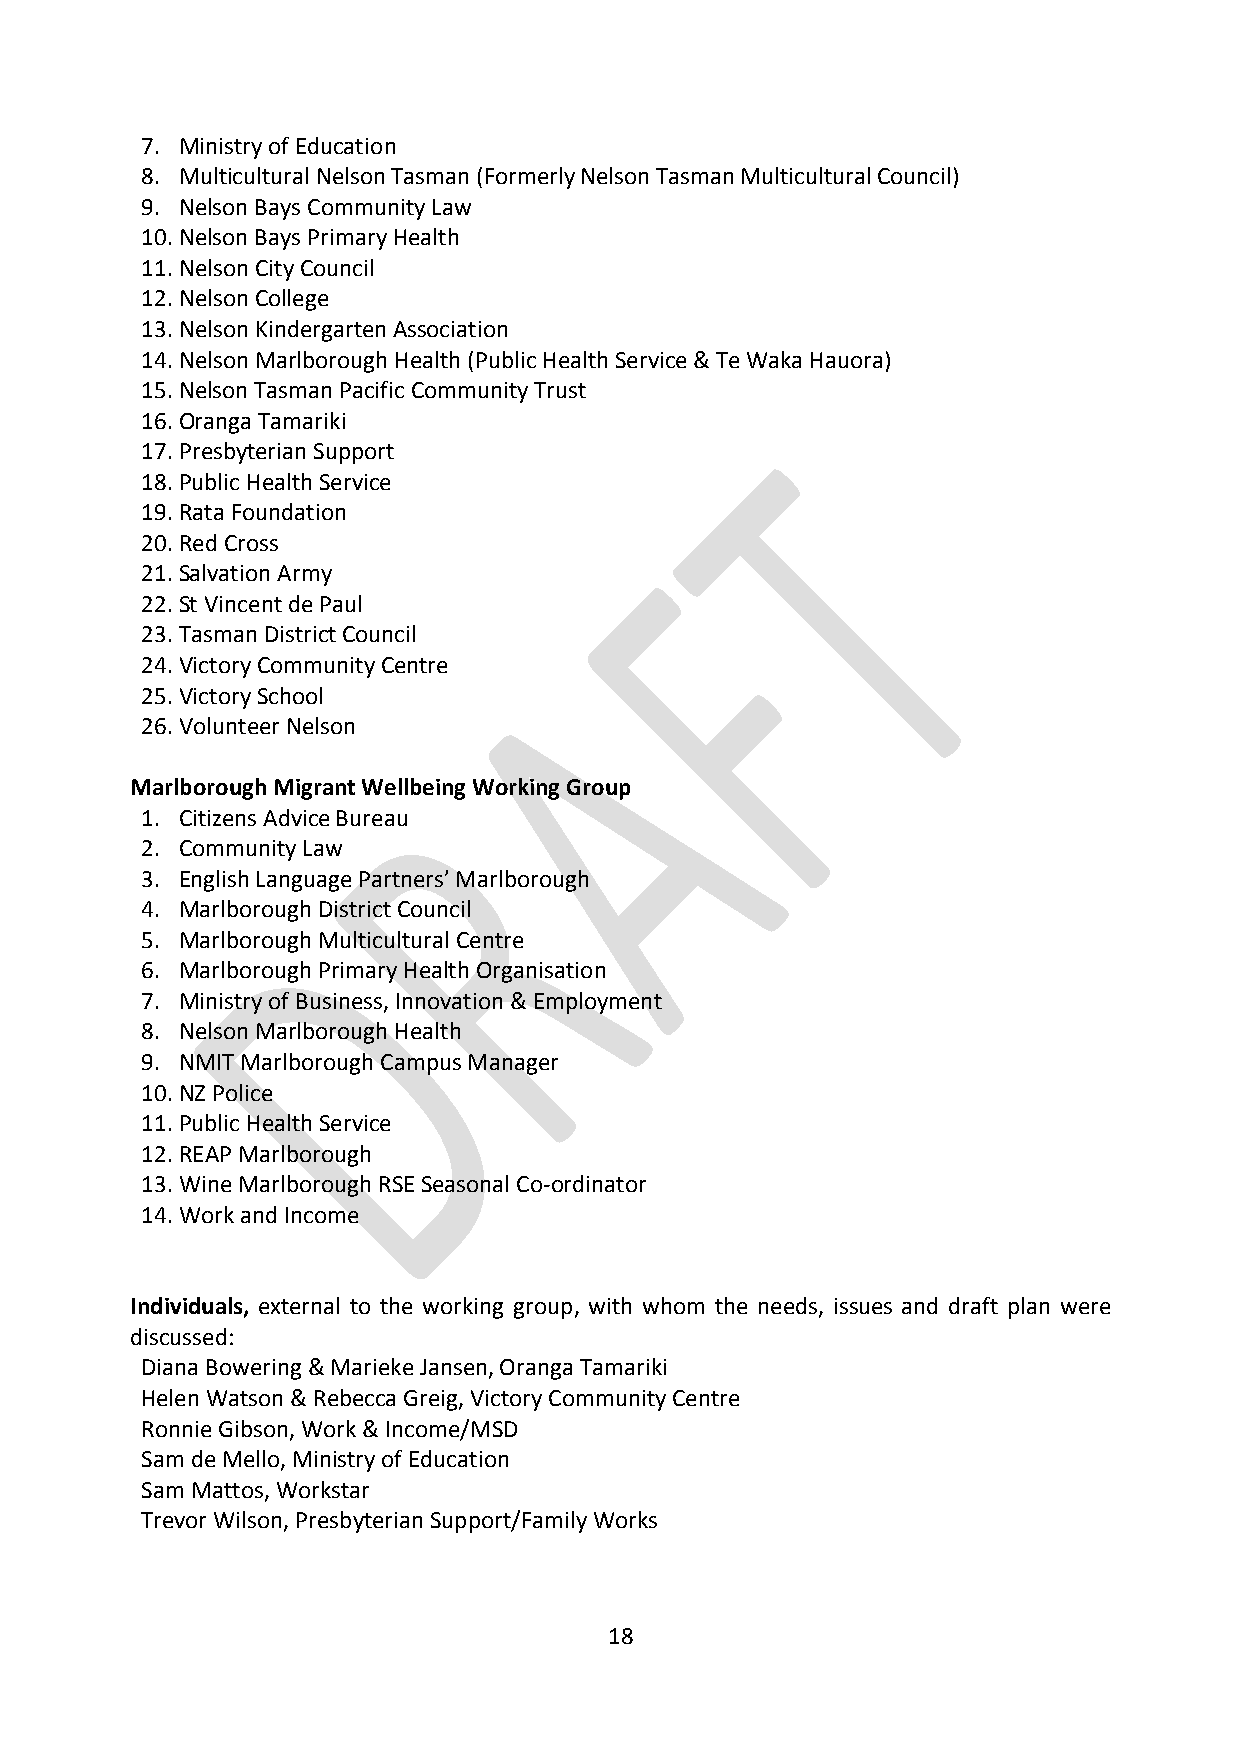
7. Ministry of Education
 8. Multicultural Nelson Tasman (Formerly Nelson Tasman Multicultural Council)
 9. Nelson Bays Community Law
 10. Nelson Bays Primary Health
 11. Nelson City Council
 12. Nelson College
 13. Nelson Kindergarten Association
 14. Nelson Marlborough Health (Public Health Service & Te Waka Hauora)
 15. Nelson Tasman Pacific Community Trust
 16. Oranga Tamariki
 17. Presbyterian Support
 18. Public Health Service
 19. Rata Foundation
 20. Red Cross
 21. Salvation Army
 22. St Vincent de Paul
 23. Tasman District Council
 24. Victory Community Centre
 25. Victory School
 26. Volunteer Nelson
 Marlborough Migrant Wellbeing Working Group
 1. Citizens Advice Bureau
 2. Community Law
 3. English Language Partners’ Marlborough
 4. Marlborough District Council
 5. Marlborough Multicultural Centre
 6. Marlborough Primary Health Organisation
 7. Ministry of Business, Innovation & Employment
 8. Nelson Marlborough Health
 9. NMIT Marlborough Campus Manager
 10. NZ Police
 11. Public Health Service
 12. REAP Marlborough
 13. Wine Marlborough RSE Seasonal Co-ordinator
 14. Work and Income
 Individuals, external to the working group, with whom the needs, issues and draft plan were
 discussed:
 Diana Bowering & Marieke Jansen, Oranga Tamariki
 Helen Watson & Rebecca Greig, Victory Community Centre
 Ronnie Gibson, Work & Income/MSD
 Sam de Mello, Ministry of Education
 Sam Mattos, Workstar
 Trevor Wilson, Presbyterian Support/Family Works
 18